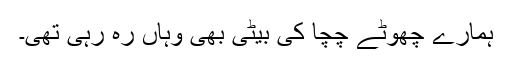
ہمارے چھوٹے چچا کی بیٹی بھی وہاں رہ رہی تھی۔